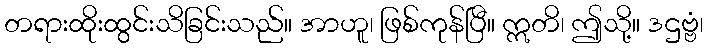
တရားထိုးထွင်းသိခြင်းသည်။ အာဟူ၊ ဖြစ်ကုန်ပြီ။ ဣတိ၊ ဤသို့။ ဒဌဗ္ဗံ၊